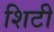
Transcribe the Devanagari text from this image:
शिटी